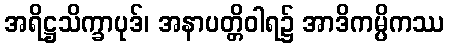
အရိဋ္ဌသိက္ခာပုဒ်၊ အနာပတ္တိဝါရ၌ အာဒိကမ္ပိကဿ